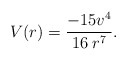
\begin{align*}V (r) =\frac{-15v^4}{16\;r^7}.\end{align*}